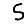
Digit: 5